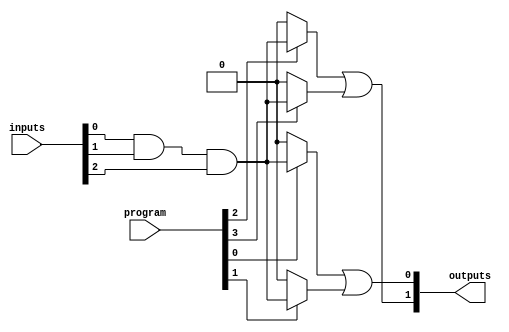
module HS_PAL #(
    parameter NUM_INPUTS = 8,      // Number of input signals
    parameter NUM_PRODUCT_TERMS = 4, // Number of programmable AND gates
    parameter NUM_OUTPUTS = 2       // Number of fixed OR outputs
)(
    input  [NUM_INPUTS-1:0] inputs, // Input signals
    input  [NUM_PRODUCT_TERMS-1:0] program, // Programming signals for AND array
    output [NUM_OUTPUTS-1:0] outputs // Output signals
);

    // Internal wires for AND gates
    wire [NUM_PRODUCT_TERMS-1:0] and_outputs;

    // Programmable AND array
    genvar i;
    generate
        for (i = 0; i < NUM_PRODUCT_TERMS; i = i + 1) begin : and_array
            assign and_outputs[i] = (program[i]) ? (inputs[0] & inputs[1] & inputs[2]) : 1'b0; // Example configuration
        end
    endgenerate

    // Fixed OR array
    assign outputs[0] = and_outputs[0] | and_outputs[1]; // Example OR configuration
    assign outputs[1] = and_outputs[2] | and_outputs[3]; // Example OR configuration

endmodule